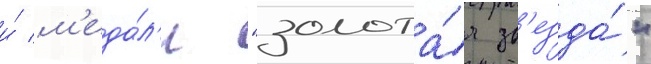
и́ м'еда́л'и "золота́я зв'езда́"